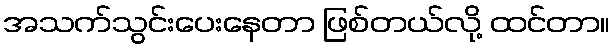
အသက်သွင်းပေးနေတာ ဖြစ်တယ်လို့ ထင်တာ။